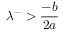
\lambda ^ { - } > \frac { - b } { 2 a }